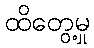
ထိတွေ့မှု